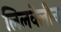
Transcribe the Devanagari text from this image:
लिलवेलीन